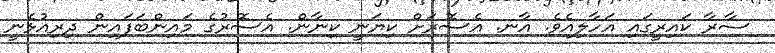
ސާރާ ކައިރީގައި އަހާލިއެވެ. އާނ. އެސޮރަށް ކިޔަނީ ކިނާން. އެސޮރުގެ މައިންބަފައިން ދިރިއުޅެނީ